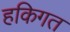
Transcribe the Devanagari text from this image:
हकिगत